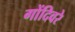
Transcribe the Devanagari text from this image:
गोंदिवरे